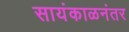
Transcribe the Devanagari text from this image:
सायंकाळनंतर